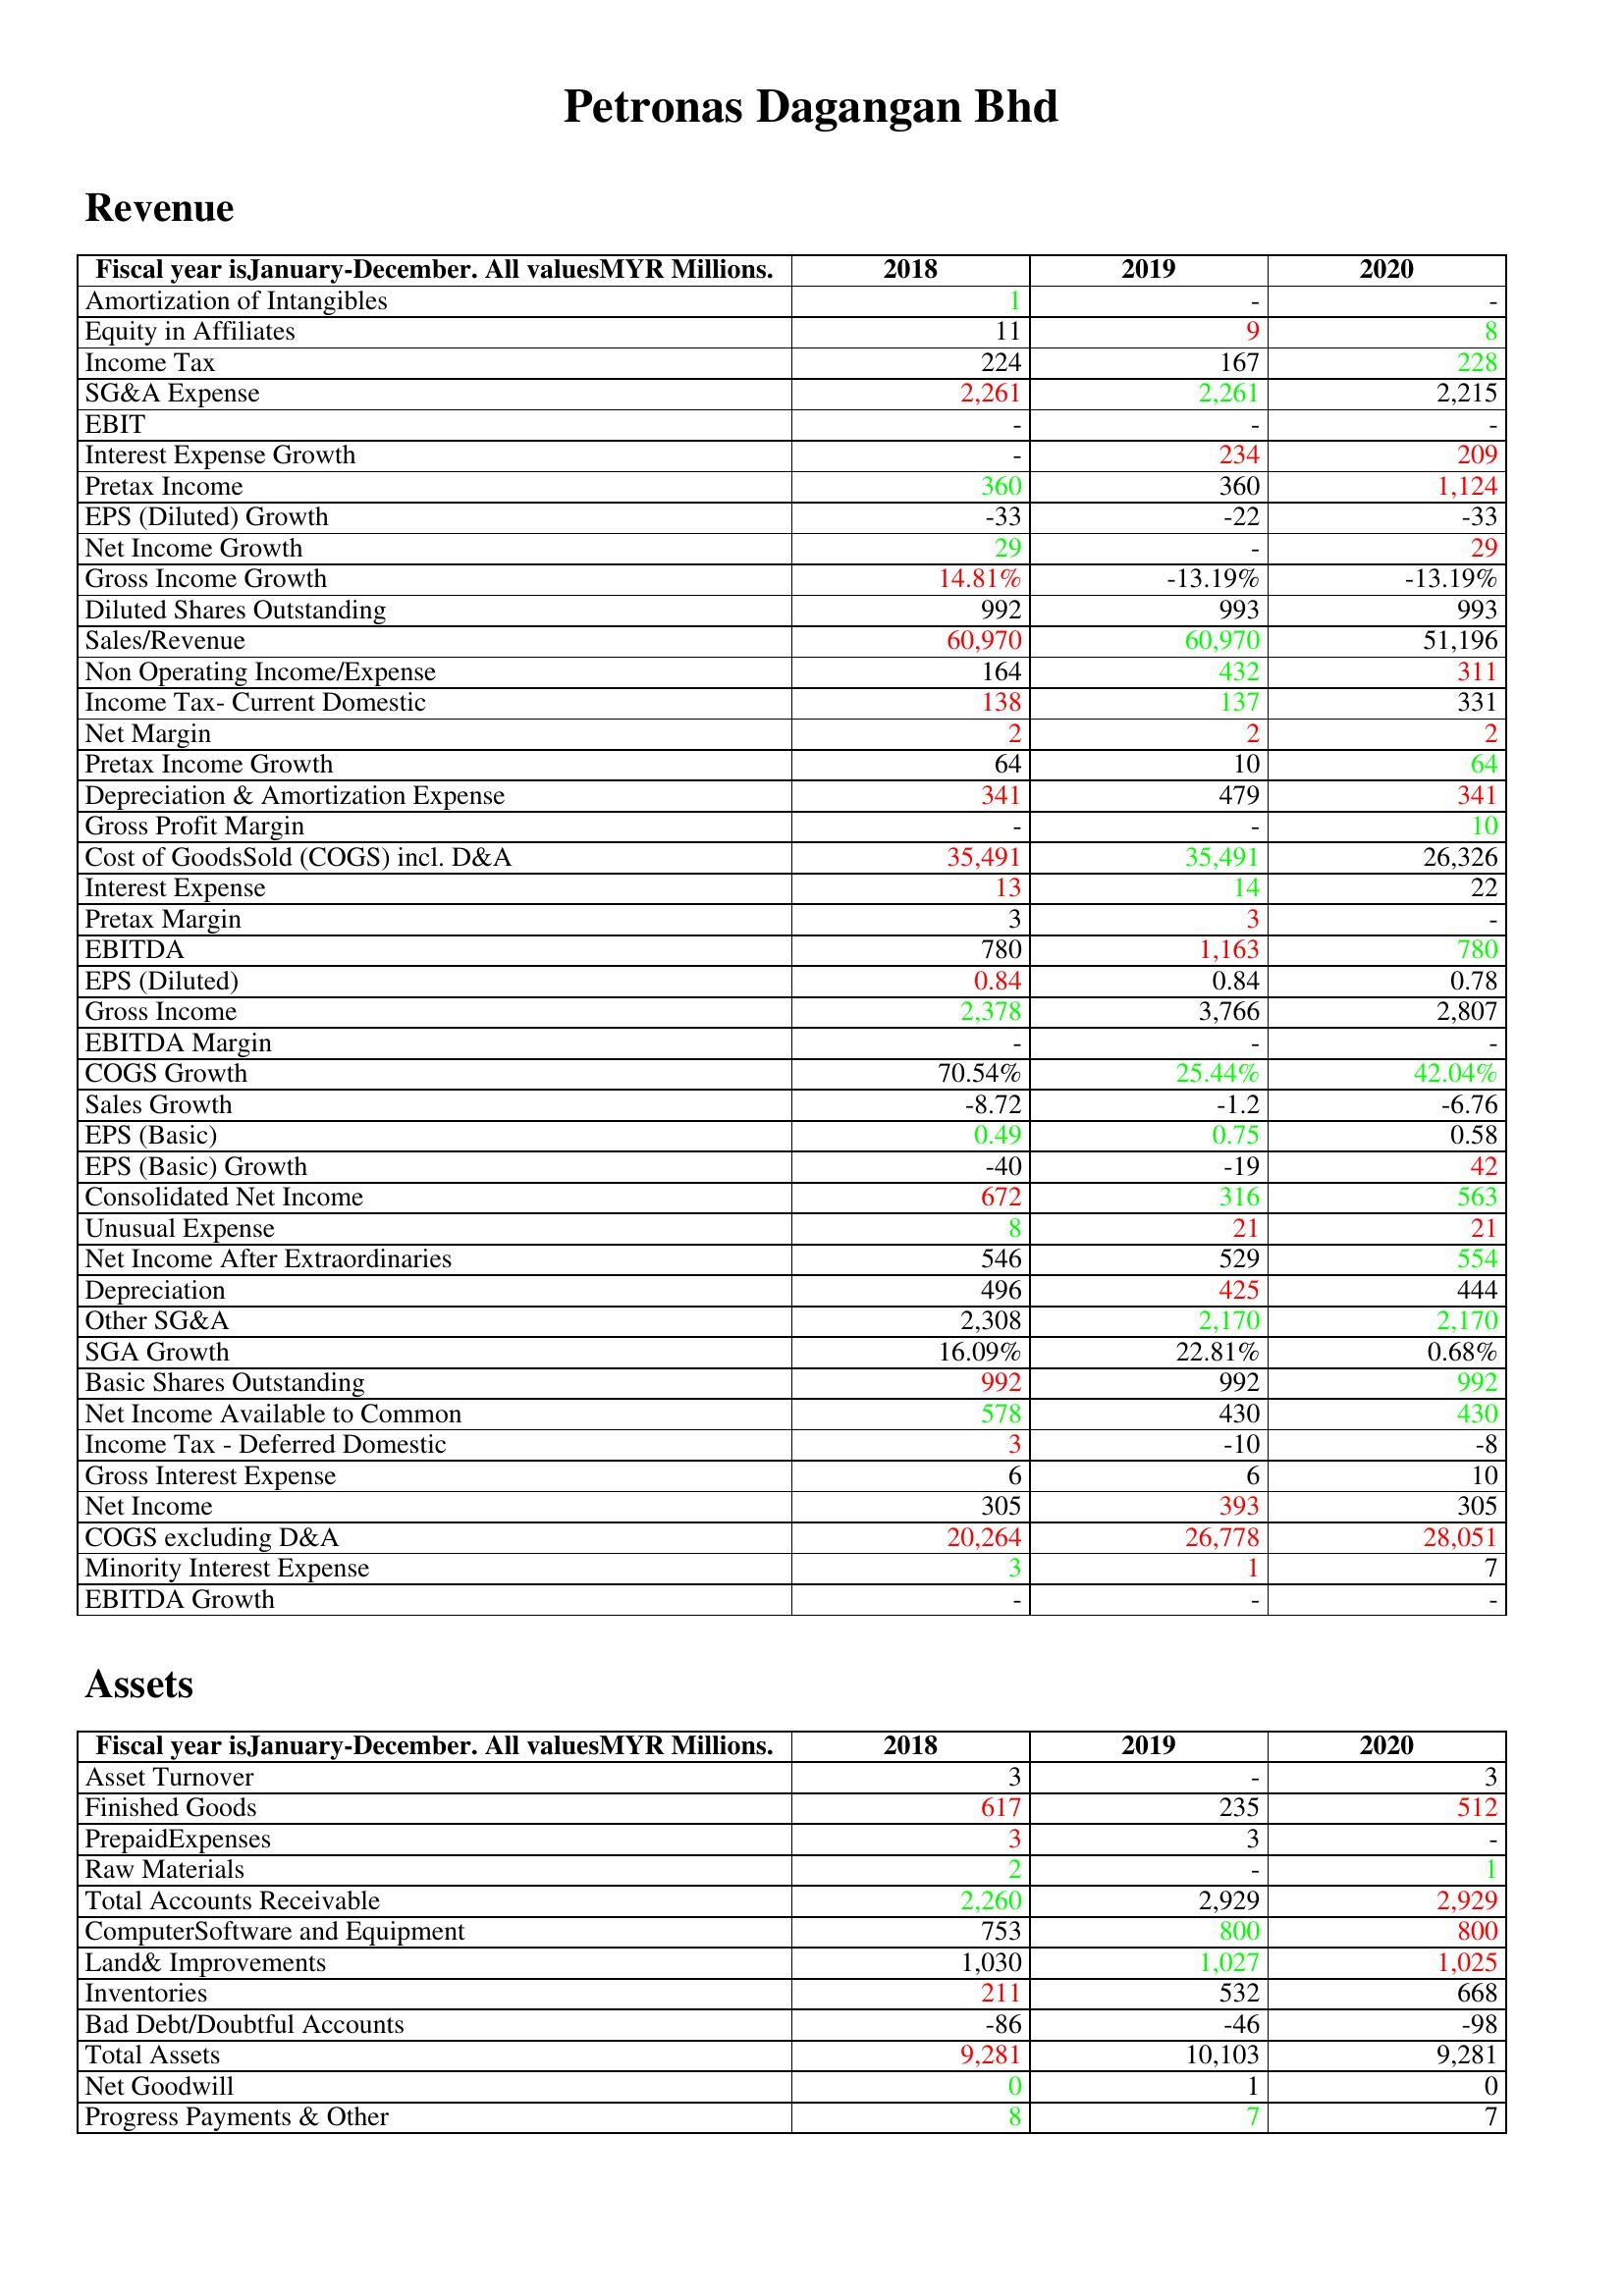
gt_parse: 2018: Revenue: Amortization of Intangibles: 1
Equity in Affiliates: 11
Income Tax: 224
SG&A Expense: 2,261
EBIT: -
Interest Expense Growth: -
Pretax Income: 360
EPS (Diluted) Growth: -33
Net Income Growth: 29
Gross Income Growth: 14.81%
Diluted Shares Outstanding: 992
Sales/Revenue: 60,970
Non Operating Income/Expense: 164
Income Tax- Current Domestic: 138
Net Margin: 2
Pretax Income Growth: 64
Depreciation & Amortization Expense: 341
Gross Profit Margin: -
Cost of GoodsSold (COGS) incl. D&A: 35,491
Interest Expense: 13
Pretax Margin: 3
EBITDA: 780
EPS (Diluted): 0.84
Gross Income: 2,378
EBITDA Margin: -
COGS Growth: 70.54%
Sales Growth: -8.72
EPS (Basic): 0.49
EPS (Basic) Growth: -40
Consolidated Net Income: 672
Unusual Expense: 8
Net Income After Extraordinaries: 546
Depreciation: 496
Other SG&A: 2,308
SGA Growth: 16.09%
Basic Shares Outstanding: 992
Net Income Available to Common: 578
Income Tax - Deferred Domestic: 3
Gross Interest Expense: 6
Net Income: 305
COGS excluding D&A: 20,264
Minority Interest Expense: 3
EBITDA Growth: -
Assets: Asset Turnover: 3
Finished Goods: 617
PrepaidExpenses: 3
Raw Materials: 2
Total Accounts Receivable: 2,260
ComputerSoftware and Equipment: 753
Land& Improvements: 1,030
Inventories: 211
Bad Debt/Doubtful Accounts: -86
Total Assets: 9,281
Net Goodwill: 0
Progress Payments & Other: 8
2019: Revenue: Amortization of Intangibles: -
Equity in Affiliates: 9
Income Tax: 167
SG&A Expense: 2,261
EBIT: -
Interest Expense Growth: 234
Pretax Income: 360
EPS (Diluted) Growth: -22
Net Income Growth: -
Gross Income Growth: -13.19%
Diluted Shares Outstanding: 993
Sales/Revenue: 60,970
Non Operating Income/Expense: 432
Income Tax- Current Domestic: 137
Net Margin: 2
Pretax Income Growth: 10
Depreciation & Amortization Expense: 479
Gross Profit Margin: -
Cost of GoodsSold (COGS) incl. D&A: 35,491
Interest Expense: 14
Pretax Margin: 3
EBITDA: 1,163
EPS (Diluted): 0.84
Gross Income: 3,766
EBITDA Margin: -
COGS Growth: 25.44%
Sales Growth: -1.2
EPS (Basic): 0.75
EPS (Basic) Growth: -19
Consolidated Net Income: 316
Unusual Expense: 21
Net Income After Extraordinaries: 529
Depreciation: 425
Other SG&A: 2,170
SGA Growth: 22.81%
Basic Shares Outstanding: 992
Net Income Available to Common: 430
Income Tax - Deferred Domestic: -10
Gross Interest Expense: 6
Net Income: 393
COGS excluding D&A: 26,778
Minority Interest Expense: 1
EBITDA Growth: -
Assets: Asset Turnover: -
Finished Goods: 235
PrepaidExpenses: 3
Raw Materials: -
Total Accounts Receivable: 2,929
ComputerSoftware and Equipment: 800
Land& Improvements: 1,027
Inventories: 532
Bad Debt/Doubtful Accounts: -46
Total Assets: 10,103
Net Goodwill: 1
Progress Payments & Other: 7
2020: Revenue: Amortization of Intangibles: -
Equity in Affiliates: 8
Income Tax: 228
SG&A Expense: 2,215
EBIT: -
Interest Expense Growth: 209
Pretax Income: 1,124
EPS (Diluted) Growth: -33
Net Income Growth: 29
Gross Income Growth: -13.19%
Diluted Shares Outstanding: 993
Sales/Revenue: 51,196
Non Operating Income/Expense: 311
Income Tax- Current Domestic: 331
Net Margin: 2
Pretax Income Growth: 64
Depreciation & Amortization Expense: 341
Gross Profit Margin: 10
Cost of GoodsSold (COGS) incl. D&A: 26,326
Interest Expense: 22
Pretax Margin: -
EBITDA: 780
EPS (Diluted): 0.78
Gross Income: 2,807
EBITDA Margin: -
COGS Growth: 42.04%
Sales Growth: -6.76
EPS (Basic): 0.58
EPS (Basic) Growth: 42
Consolidated Net Income: 563
Unusual Expense: 21
Net Income After Extraordinaries: 554
Depreciation: 444
Other SG&A: 2,170
SGA Growth: 0.68%
Basic Shares Outstanding: 992
Net Income Available to Common: 430
Income Tax - Deferred Domestic: -8
Gross Interest Expense: 10
Net Income: 305
COGS excluding D&A: 28,051
Minority Interest Expense: 7
EBITDA Growth: -
Assets: Asset Turnover: 3
Finished Goods: 512
PrepaidExpenses: -
Raw Materials: 1
Total Accounts Receivable: 2,929
ComputerSoftware and Equipment: 800
Land& Improvements: 1,025
Inventories: 668
Bad Debt/Doubtful Accounts: -98
Total Assets: 9,281
Net Goodwill: 0
Progress Payments & Other: 7